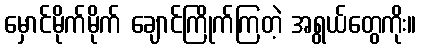
မှောင်မိုက်မိုက် ချောင်ကြိုက်ကြတဲ့ အရွယ်တွေကိုး။